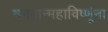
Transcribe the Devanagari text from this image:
भगवान्महाविष्णूंना